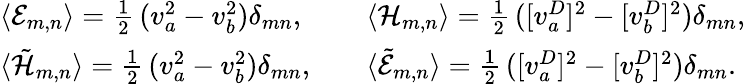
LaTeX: \begin{array}{lcl}{{\langle{\cal E}_{m,n}\rangle=\frac{1}{2}\, (v_{a}^{2}-v_{b}^{2})\delta_{mn},}}&{{}}&{{\langle{\cal H}_{m,n}\rangle=\frac{1}{2}\, ([v_{a}^{D}]^{2}-[v_{b}^{D}]^{2})\delta_{mn},}}\\ {{\langle\tilde{\cal H}_{m,n}\rangle=\frac{1}{2}\, (v_{a}^{2}-v_{b}^{2})\delta_{mn},}}&{{}}&{{\langle\tilde{\cal E}_{m,n}\rangle=\frac{1}{2}\, ([v_{a}^{D}]^{2}-[v_{b}^{D}]^{2})\delta_{mn}.}}\end{array}